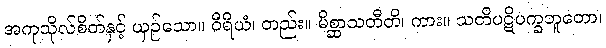
အကုသိုလ်စိတ်နှင့် ယှဉ်သော။ ဝီရိယံ၊ တည်း။ မိစ္ဆာသတီတိ၊ ကား။ သတိပဋိပက္ခဘူတော၊